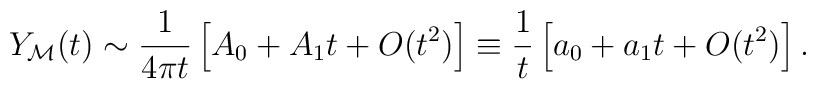
Y_{\cal M}(t) \sim{1 \over 4\pi t} \left[ A_0 + A_1 t + O(t^2) \right] \equiv{1 \over t} \left[ a_0 + a_1 t + O(t^2) \right].